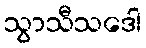
သွာသီသဒေါ